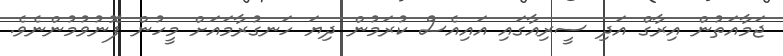
ޖަމާއަތުން އިރާގް އަދި ސީރިއާގައި އައިއެސް ކުރަމުން ދިޔަ ހަނގުރާމައަށް މީހުން ފޮނުވުމުންނެވެ.